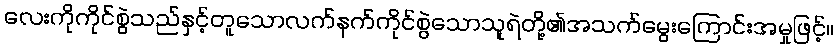
လေးကိုကိုင်စွဲသည်နှင့်တူသောလက်နက်ကိုင်စွဲသောသူရဲတို့၏အသက်မွေးကြောင်းအမှုဖြင့်။